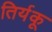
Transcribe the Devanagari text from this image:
तिर्यकू